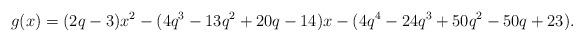
LaTeX: \begin{align*}g(x)=(2q-3)x^2-(4q^3-13q^2+20q-14)x-(4q^4-24q^3+50q^2-50q+23).\end{align*}